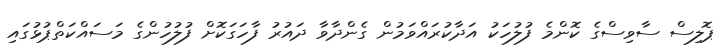
ޕޮލިސް ސާވިސްގެ ކޮންމެ ފުލުހަކު އަދާކުރައްވަމުން ގެންދާވާ ދައުރު ފާހަގަކޮށް ފުލުހުންގެ މަސައްކަތްޕުޅުގައި